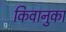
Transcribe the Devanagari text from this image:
किवानुका